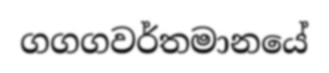
ගගගවර්තමානයේ